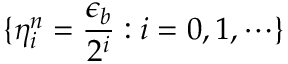
\{ \eta _ { i } ^ { n } = \frac { \epsilon _ { b } } { 2 ^ { i } } : i = 0 , 1 , \cdots \}